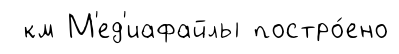
км М'ед'иафайлы постро́ено